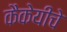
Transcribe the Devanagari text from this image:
कैकेयीचे